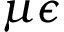
\mu \epsilon